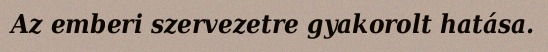
Az emberi szervezetre gyakorolt hatása.